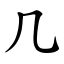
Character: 几